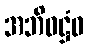
အဘိဝဋ္ဌံဝ